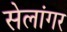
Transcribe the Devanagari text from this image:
सेलांगर